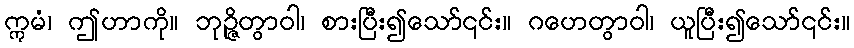
ဣမံ၊ ဤဟာကို။ ဘုဉ္ဇိတွာဝါ၊ စားပြီး၍သော်၎င်း။ ဂဟေတွာဝါ၊ ယူပြီး၍သော်၎င်း။